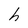
Character: h